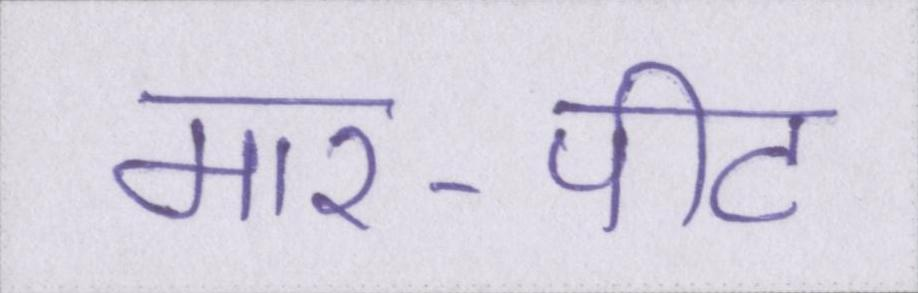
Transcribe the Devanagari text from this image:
मार-पीट